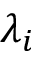
\lambda _ { i }